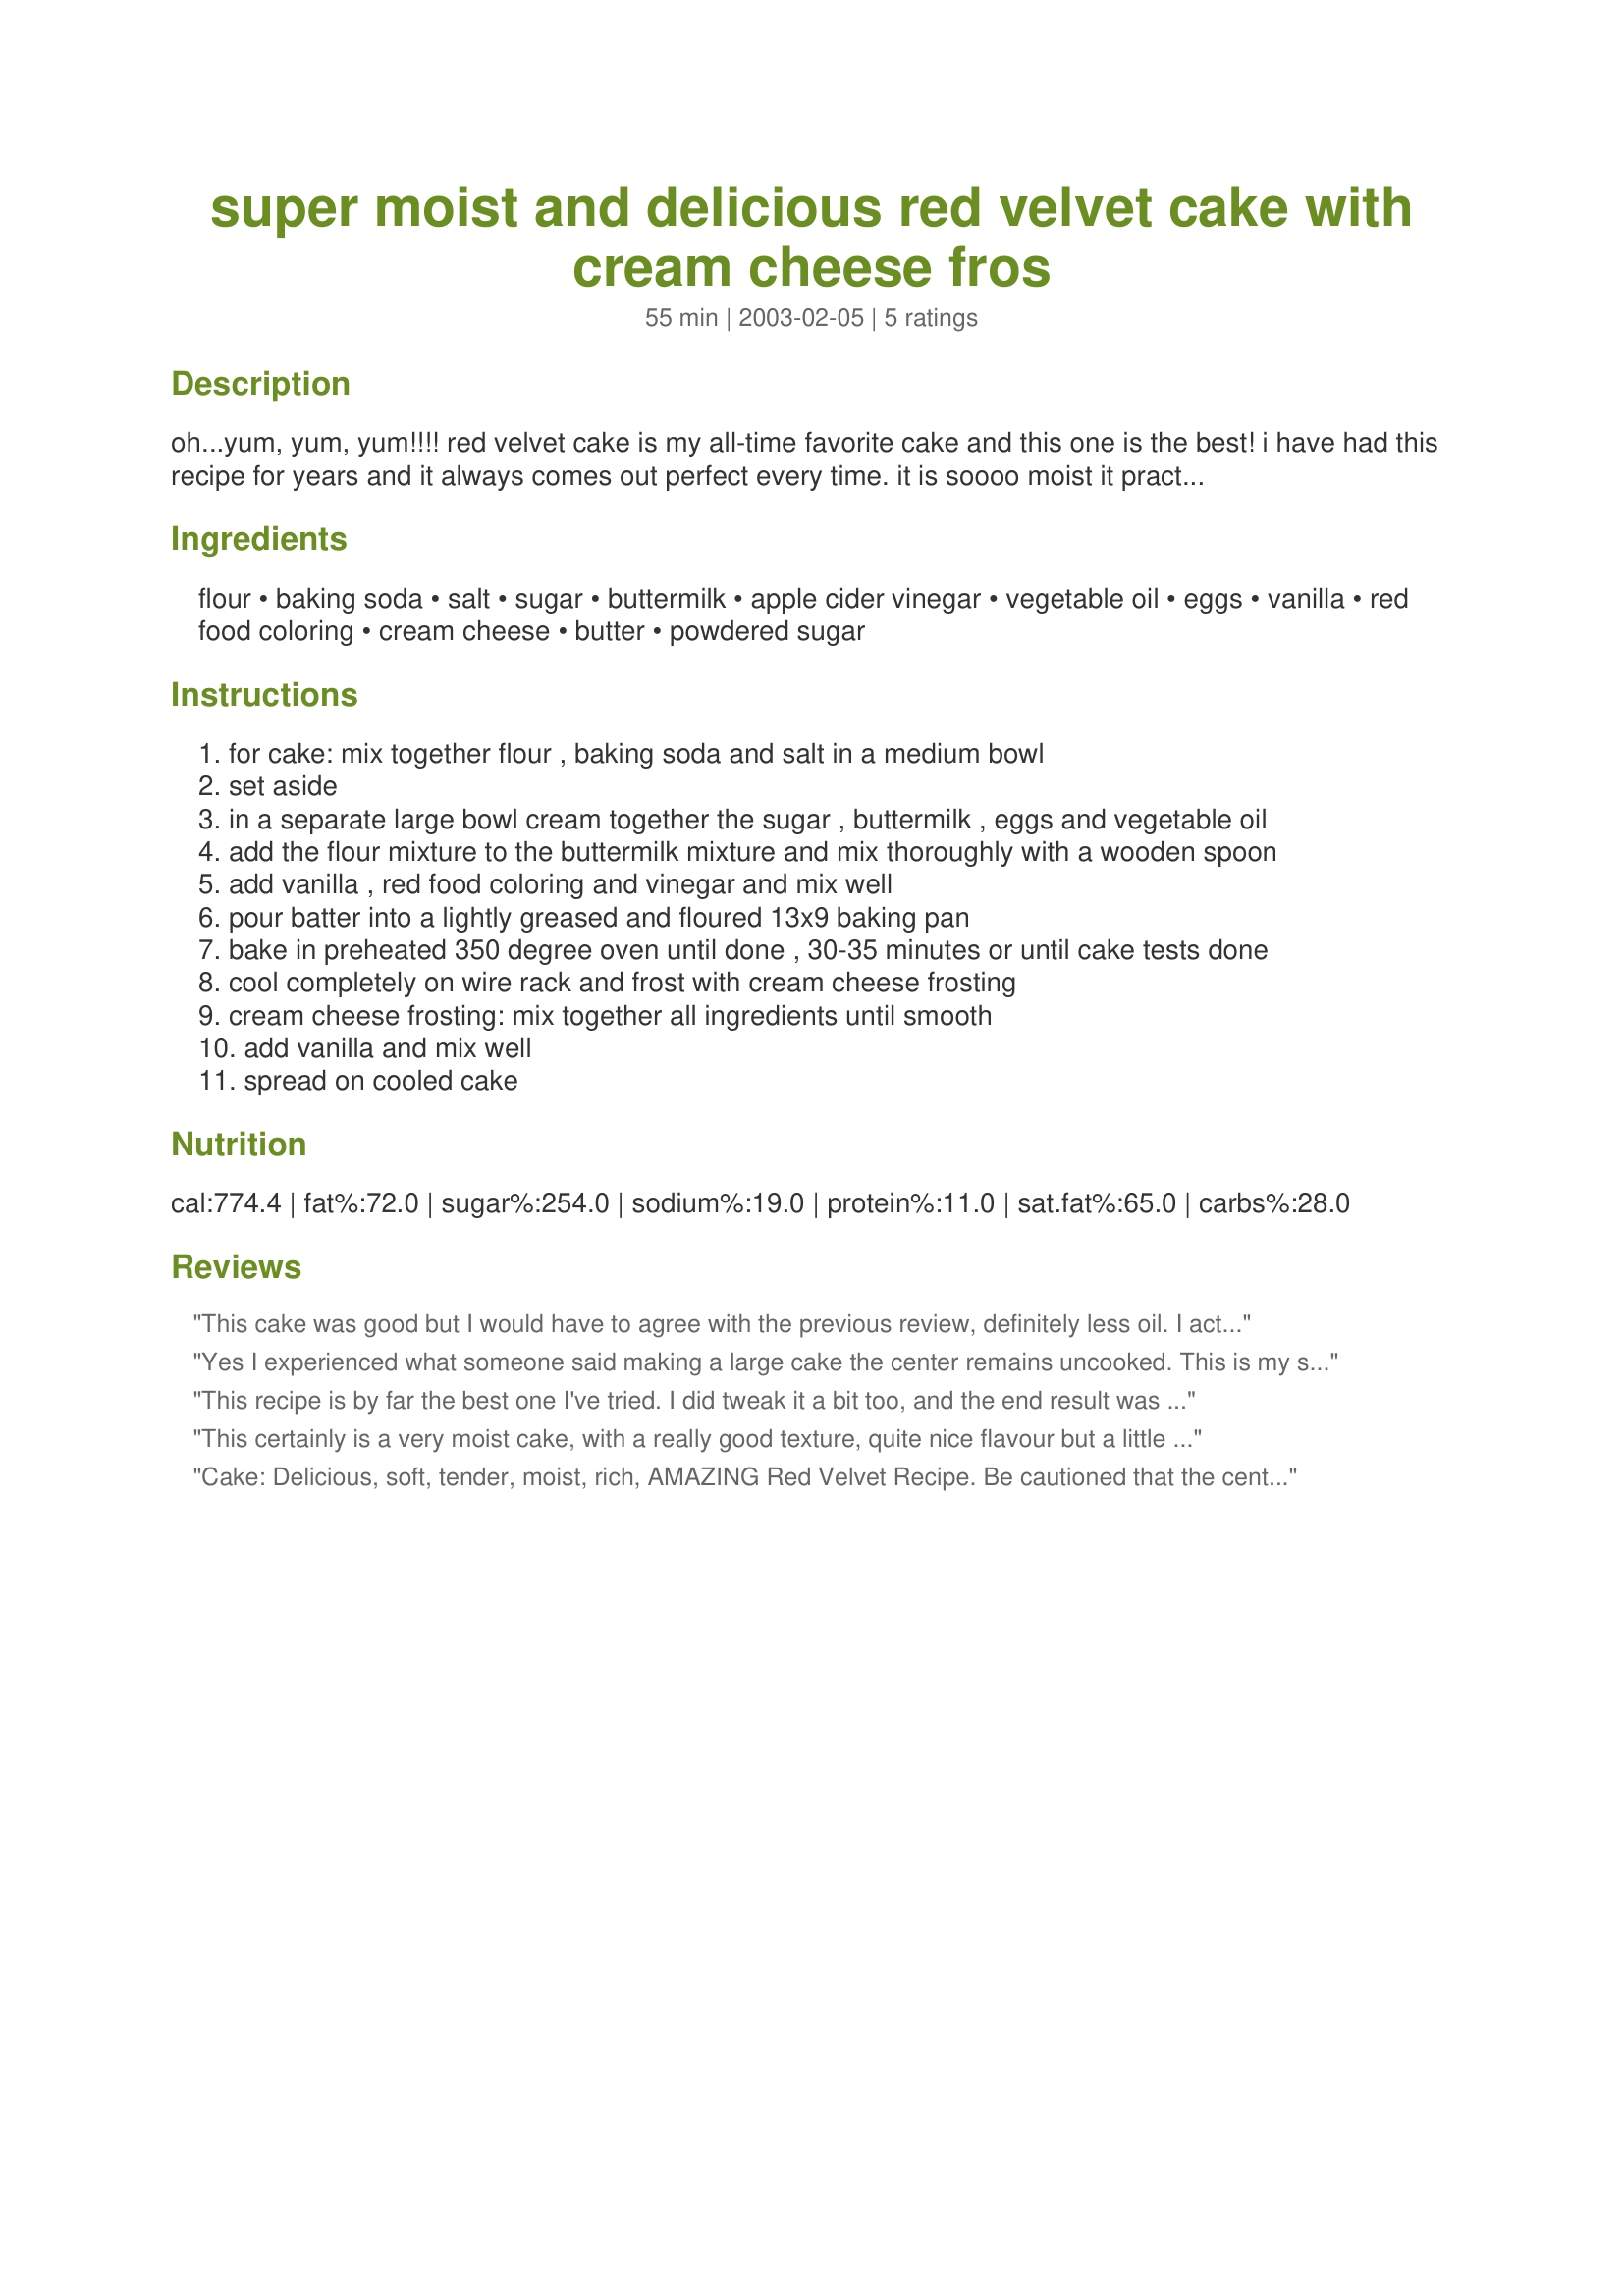
super moist and delicious red velvet cake with cream cheese fros
Preparation time: 55 minutes

oh...yum, yum, yum!!!! red velvet cake is my all-time favorite cake and this one is the best! i have had this recipe for years and it always comes out perfect every time. it is soooo moist it practically melts in your mouth. try this one-you won't be disappointed.

Ingredients:
flour, baking soda, salt, sugar, buttermilk, apple cider vinegar, vegetable oil, eggs, vanilla, red food coloring, cream cheese, butter, powdered sugar

Steps:
for cake: mix together flour , baking soda and salt in a medium bowl
set aside
in a separate large bowl cream together the sugar , buttermilk , eggs and vegetable oil
add the flour mixture to the buttermilk mixture and mix thoroughly with a wooden spoon
add vanilla , red food coloring and vinegar and mix well
pour batter into a lightly greased and floured 13x9 baking pan
bake in preheated 350 degree oven until done , 30-35 minutes or until cake tests done
cool completely on wire rack and frost with cream cheese frosting
cream cheese frosting: mix together all ingredients until smooth
add vanilla and mix well
spread on cooled cake

Reviews:
This cake was good but I would have to agree with the previous review, definitely less oil. I actually only used 3/4 cup of veg oil not 1 3/4 cups. It was just as moist as I wanted it to be. If buying food coloring from the multi-color pack please make note that the individual bottles are only .3 oz. Remember this recipe calls for 1 oz. Batter will be red but not red enough once you bake it. As for the frosting, also very good but not as much powdered sugar needed. I would suggest to add sugar to taste. An entire 16 oz box is A LOT. Good recipe though.
Yes I experienced what someone said making a large cake the center remains uncooked. This is my second time making this recipe and now I put the mixture in 2 - 9 inch pans it is in the oven I hope it comes out great. I also reduced the oil to 1 1/8 and added 1 cup of sour cream. So lets see how it taste. I also agree that .3 red coloring is not enough - the cake needs to look "red" like its name!
This recipe is by far the best one I've tried. I did tweak it a bit too, and the end result was AMAZING. I could not be more satisfied with the results. SO light, SO moist! I used 2 1/s C cake/pastry flour, 1 1/2 C of vegetable oil instead of 1 3/4 C, and I added 1/2 C of sour cream (as suggested by another reader) and added 1 TBSP cocoa powder. I used this recipe to make mini cupcakes, however! Baking time was just 10 min. Turned out AWESOME, and now everybody else wants a copy of the recipe! Thanks for sharing!
This certainly is a very moist cake, with a really good texture, quite nice flavour but a little bland for my taste, and a touch too oily. I didn't add the food colouring, which I know is traditional, but I don't think people have even heard of red velvet cake here in the UK, so that wasn't really an issue! Unless there's a REALLY good reason I'd never in a million years add that much colouring to something I'm actualy going to feed people (especially children!)!!!! I did find, however, that this recipe was easily "tweaked" to make it more to my taste. After searching on the internet I found that most other red velvet cake recipes have cocoa in, and that you can make it with butter too, so I added 2 tbs of cocoa & used 1/2 melted butter & 1/2 oil, and only used 1 1/2 cups total volume of butter & oil. This gave it more interesting flavour, not quite chocolatey, just a different dimension to the flavour, and the reduced oil & addition of butter didn't seem to affect the texture at all. I had a few compliments on this modified version! Also, my version turned out a fairly reddish-brown colour even without the colouring, I think because of the cocoa.
Overall, though, the original is a nice cake with an excellent texture, but could do with a bit more flavour & less oil.
Cake:
Delicious, soft, tender, moist, rich, AMAZING Red Velvet Recipe. Be cautioned that the center will not be fully cooked in the recommended pan size, so two pans would be advised. Additionally, 2 tablespoons of cocoa powder adds a delightful undertone to the cake.
Frosting:
Never made so I don't know.
